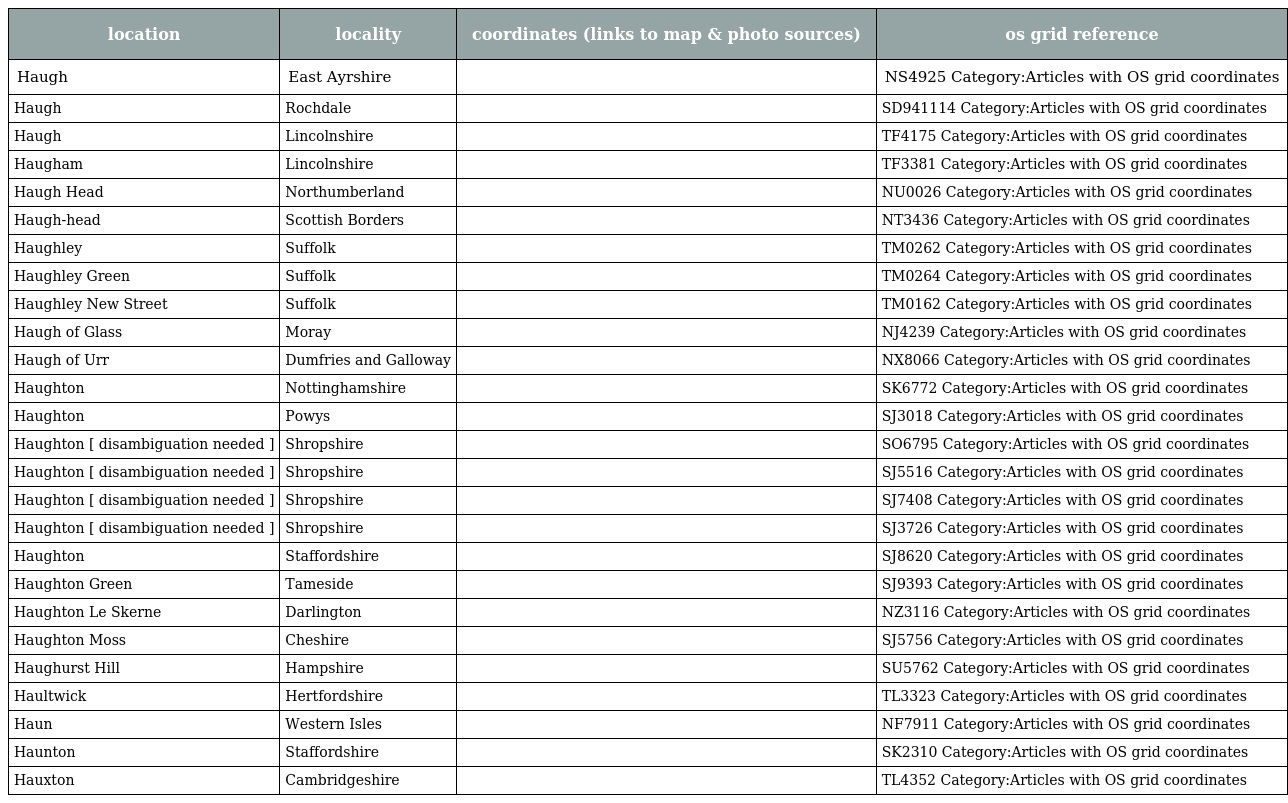
| location | locality | coordinates (links to map & photo sources) | os grid reference |
 | --- | --- | --- | --- |
 | Haugh | East Ayrshire |  | NS4925 Category:Articles with OS grid coordinates |
 | Haugh | Rochdale |  | SD941114 Category:Articles with OS grid coordinates |
 | Haugh | Lincolnshire |  | TF4175 Category:Articles with OS grid coordinates |
 | Haugham | Lincolnshire |  | TF3381 Category:Articles with OS grid coordinates |
 | Haugh Head | Northumberland |  | NU0026 Category:Articles with OS grid coordinates |
 | Haugh-head | Scottish Borders |  | NT3436 Category:Articles with OS grid coordinates |
 | Haughley | Suffolk |  | TM0262 Category:Articles with OS grid coordinates |
 | Haughley Green | Suffolk |  | TM0264 Category:Articles with OS grid coordinates |
 | Haughley New Street | Suffolk |  | TM0162 Category:Articles with OS grid coordinates |
 | Haugh of Glass | Moray |  | NJ4239 Category:Articles with OS grid coordinates |
 | Haugh of Urr | Dumfries and Galloway |  | NX8066 Category:Articles with OS grid coordinates |
 | Haughton | Nottinghamshire |  | SK6772 Category:Articles with OS grid coordinates |
 | Haughton | Powys |  | SJ3018 Category:Articles with OS grid coordinates |
 | Haughton [ disambiguation needed ] | Shropshire |  | SO6795 Category:Articles with OS grid coordinates |
 | Haughton [ disambiguation needed ] | Shropshire |  | SJ5516 Category:Articles with OS grid coordinates |
 | Haughton [ disambiguation needed ] | Shropshire |  | SJ7408 Category:Articles with OS grid coordinates |
 | Haughton [ disambiguation needed ] | Shropshire |  | SJ3726 Category:Articles with OS grid coordinates |
 | Haughton | Staffordshire |  | SJ8620 Category:Articles with OS grid coordinates |
 | Haughton Green | Tameside |  | SJ9393 Category:Articles with OS grid coordinates |
 | Haughton Le Skerne | Darlington |  | NZ3116 Category:Articles with OS grid coordinates |
 | Haughton Moss | Cheshire |  | SJ5756 Category:Articles with OS grid coordinates |
 | Haughurst Hill | Hampshire |  | SU5762 Category:Articles with OS grid coordinates |
 | Haultwick | Hertfordshire |  | TL3323 Category:Articles with OS grid coordinates |
 | Haun | Western Isles |  | NF7911 Category:Articles with OS grid coordinates |
 | Haunton | Staffordshire |  | SK2310 Category:Articles with OS grid coordinates |
 | Hauxton | Cambridgeshire |  | TL4352 Category:Articles with OS grid coordinates |